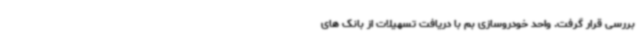
بررسی قرار گرفت. واحد خودروسازی بم با دریافت تسهیلات از بانک های